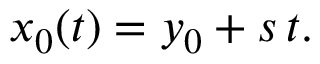
x _ { 0 } ( t ) = y _ { 0 } + s \, t .